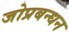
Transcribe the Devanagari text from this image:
जोप्रबन्धन